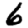
Digit: 6